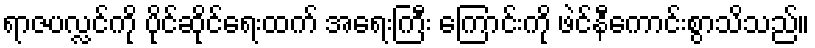
ရာဇပလ္လင်ကို ပိုင်ဆိုင်ရေးထက် အရေးကြီး ကြောင်းကို ဖဲင်နီကောင်းစွာသိသည်။